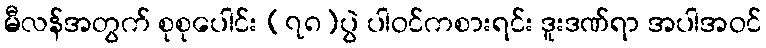
မီလန်အတွက် စုစုပေါင်း (၇၈)ပွဲ ပါဝင်ကစားရင်း ဒူးဒဏ်ရာ အပါအဝင်